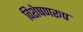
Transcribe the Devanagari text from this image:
विशेषणरूप